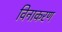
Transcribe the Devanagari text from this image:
विनाकरण